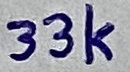
Text: 33k